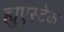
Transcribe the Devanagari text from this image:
ह्युएस्टेक